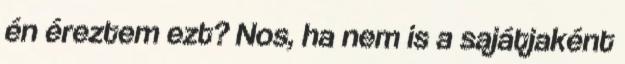
én éreztem ezt? Nos, ha nem is a sajátjaként